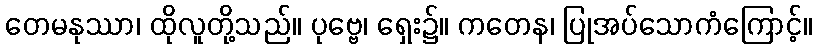
တေမနုဿာ၊ ထိုလူတို့သည်။ ပုဗ္ဗေ၊ ရှေး၌။ ကတေန၊ ပြုအပ်သောကံကြောင့်။